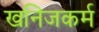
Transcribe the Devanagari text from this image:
खनिजकर्म